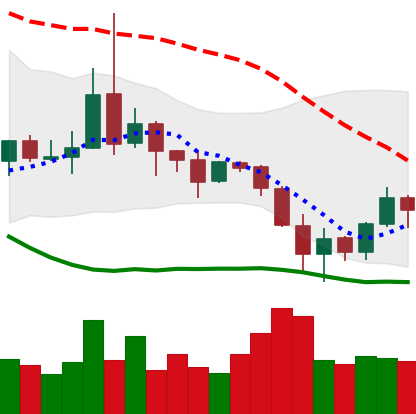
Ticker: DOGE-USD
Chart end date: 2019-08-20
Forward return: -3.655%
Label: down_3_5